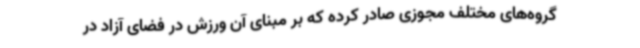
گروه‌های مختلف مجوزی صادر کرده که بر مبنای آن ورزش در فضای آزاد در